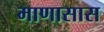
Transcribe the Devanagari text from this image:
माणासास